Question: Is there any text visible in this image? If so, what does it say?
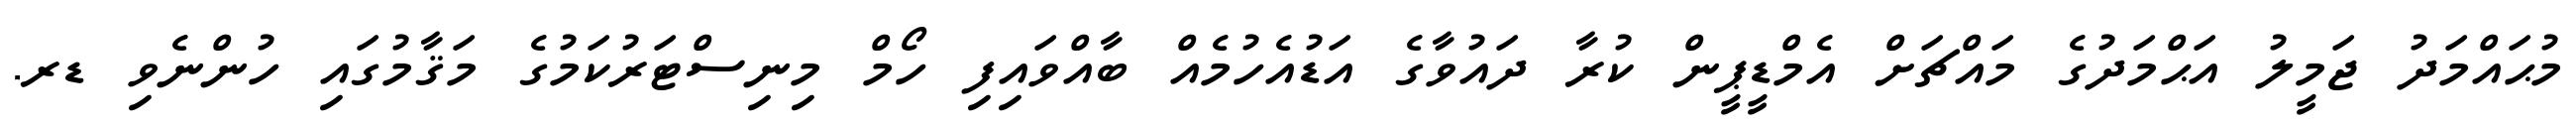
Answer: މުޙައްމަދު ޖަމީލު އަޙްމަދުގެ މައްޗަށް އެމްޑީޕީން ކުރާ ދައުވާގެ އަޑުއެހުމެއް ބާއްވައިފި ހޯމް މިނިސްޓަރުކަމުގެ މަޤާމުގައި ހުންނެވި ޑރ.